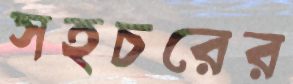
সহচরের